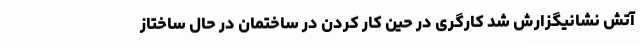
آتش نشانیگزارش شد کارگری در حین کار کردن در ساختمان در حال ساختاز